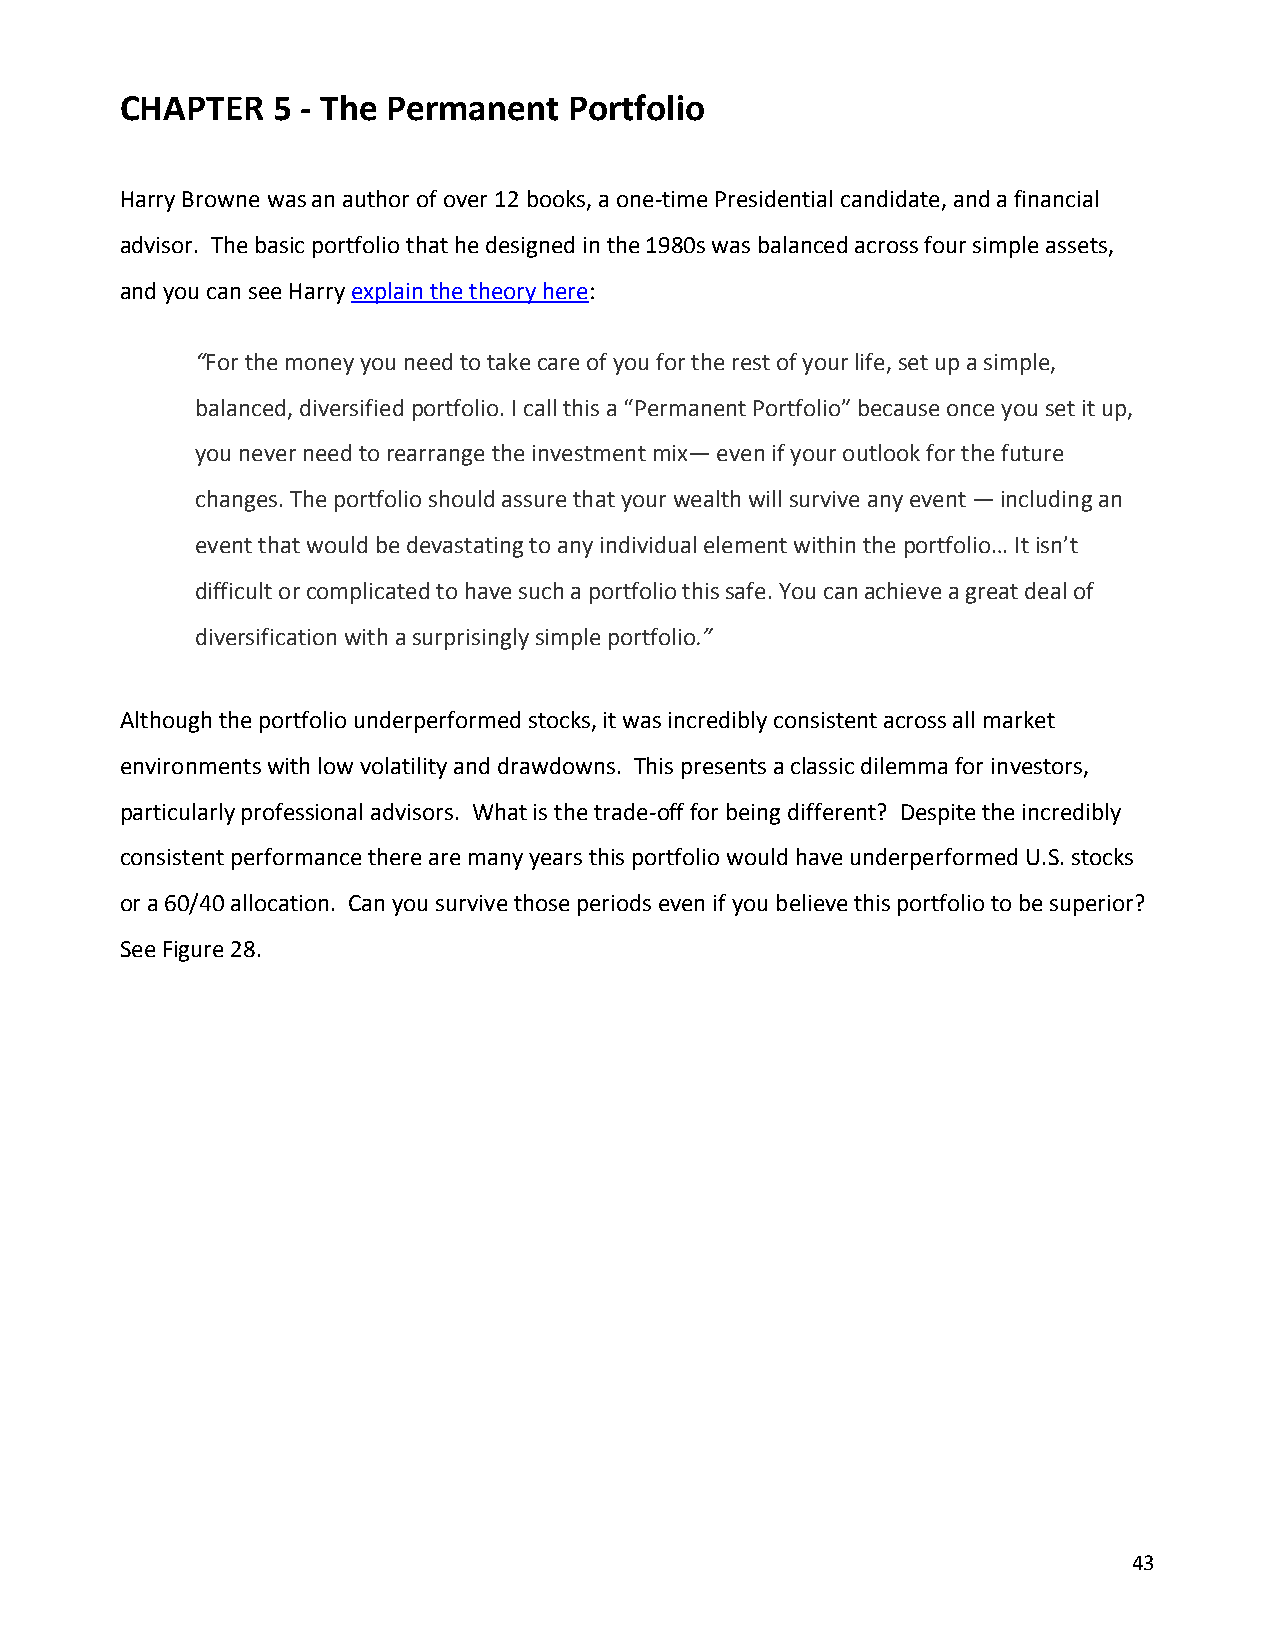
CHAPTER   5 - The Permanent   Portfolio
 Harry Browne was an author of over 12 books, a one-time Presidential candidate, and a financial
 advisor. The basic portfolio that he designed in the 1980s was balanced across four simple assets,
 and you can see Harry explain the theory here:
 “For the money you need to take care of you for the rest of your life, set up a simple,
 balanced, diversified portfolio. I call this a “Permanent Portfolio” because once you set it up,
 you never need to rearrange the investment mix— even if your outlook for the future
 changes. The portfolio should assure that your wealth will survive any event — including an
 event that would be devastating to any individual element within the portfolio… It isn’t
 difficult or complicated to have such a portfolio this safe. You can achieve a great deal of
 diversification with a surprisingly simple portfolio.”
 Although the portfolio underperformed stocks, it was incredibly consistent across all market
 environments with low volatility and drawdowns. This presents a classic dilemma for investors,
 particularly professional advisors. What is the trade-off for being different? Despite the incredibly
 consistent performance there are many years this portfolio would have underperformed U.S. stocks
 or a 60/40 allocation. Can you survive those periods even if you believe this portfolio to be superior?
 See Figure 28.
 43